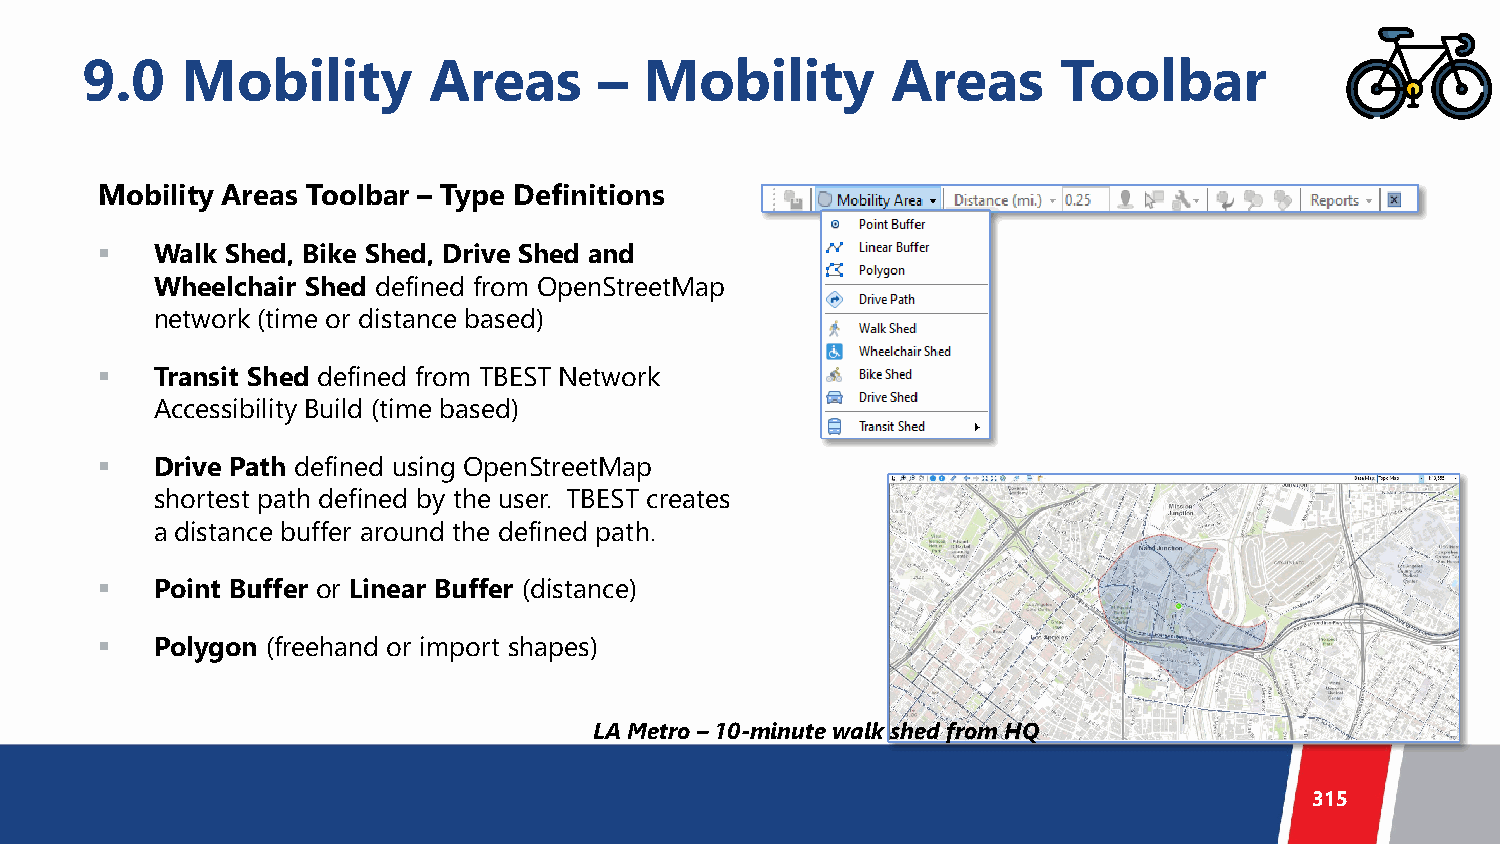
9.0    Mobility        Areas       –  Mobility        Areas      Toolbar
 Mobility Areas Toolbar – Type Definitions
    Walk Shed, Bike Shed, Drive Shed and
 Wheelchair Shed defined from OpenStreetMap
 network (time or distance based)
    Transit Shed defined from TBEST Network
 Accessibility Build (time based)
    Drive Path defined using OpenStreetMap
 shortest path defined by the user. TBEST creates
 a distance buffer around the defined path.
    Point Buffer or Linear Buffer (distance)
    Polygon (freehand or import shapes)
 LA Metro –10-minute walk shed from HQ
 315